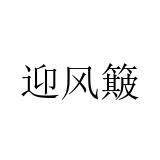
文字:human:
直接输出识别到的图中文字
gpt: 迎风簸